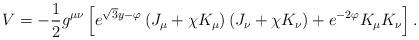
LaTeX: \begin{align*}V = - \frac{1}{2} g^{\mu\nu} \left[ e^{\sqrt{3}y -\varphi} \left( J_\mu + \chi K_\mu \right) \left( J_\nu + \chi K_\nu \right) + e^{-2\varphi} K_\mu K_\nu \right] .\end{align*}